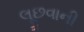
લૂછવાની